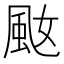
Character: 𩖠